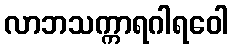
လာဘသက္ကာရဂါရဝေါ